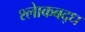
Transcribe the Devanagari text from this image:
श्लाेकबद्ध